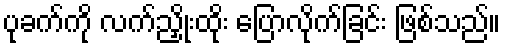
ပုခက်ကို လက်ညှိုးထိုး ပြောလိုက်ခြင်း ဖြစ်သည်။